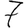
Digit: 7